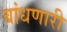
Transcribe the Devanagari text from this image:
बांधणारी